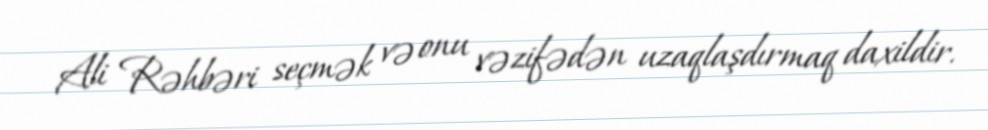
Ali Rəhbəri seçmək və onu vəzifədən uzaqlaşdırmaq daxildir.